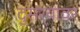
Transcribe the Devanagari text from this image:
दुसर्‍यावर